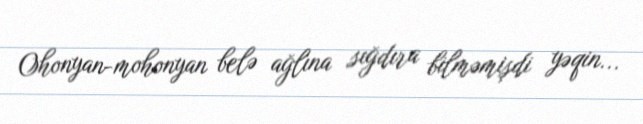
Ohonyan-mohonyan belə ağlına sığdıra bilməmişdi yəqin...